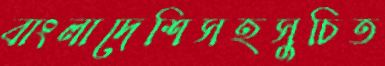
বাংলাদেশিসহসুচিত